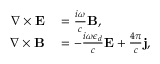
\begin{array} { r l } { \nabla \times \mathbf { E } } & { { } = \frac { i \omega } { c } \mathbf { B } , } \\ { \nabla \times \mathbf { B } } & { { } = - \frac { i \omega \epsilon _ { d } } { c } \mathbf { E } + \frac { 4 \pi } { c } \mathbf { j } , } \end{array}